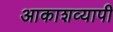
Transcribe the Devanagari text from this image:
आकाशव्यापी